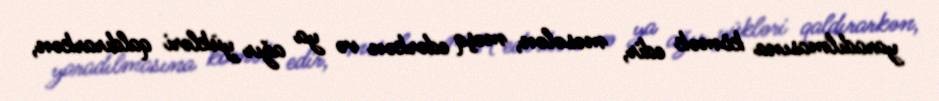
yaradılmasına kömək edir, məsələn, məşq edərkən və ya ağır yükləri qaldırarkən,